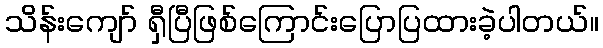
သိန်းကျော် ရှီပြီဖြစ်ကြောင်းပြောပြထားခဲ့ပါတယ်။